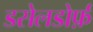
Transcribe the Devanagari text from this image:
डसेलडोर्फ़